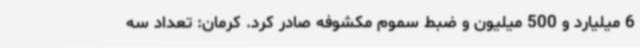
6 میلیارد و 500 میلیون و ضبط سموم مکشوفه صادر کرد. کرمان: تعداد سه